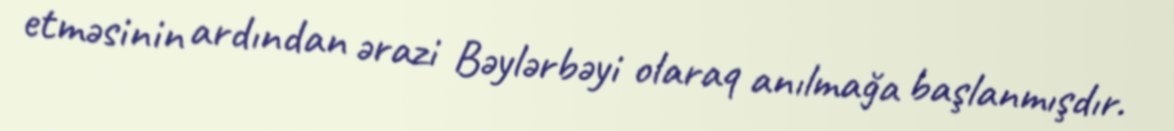
etməsinin ardından ərazi Bəylərbəyi olaraq anılmağa başlanmışdır.